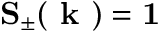
\mathbf { S } _ { \pm } ( \textbf { k } ) = \mathbf { 1 }